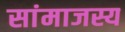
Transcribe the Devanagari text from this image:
सांमाजस्य